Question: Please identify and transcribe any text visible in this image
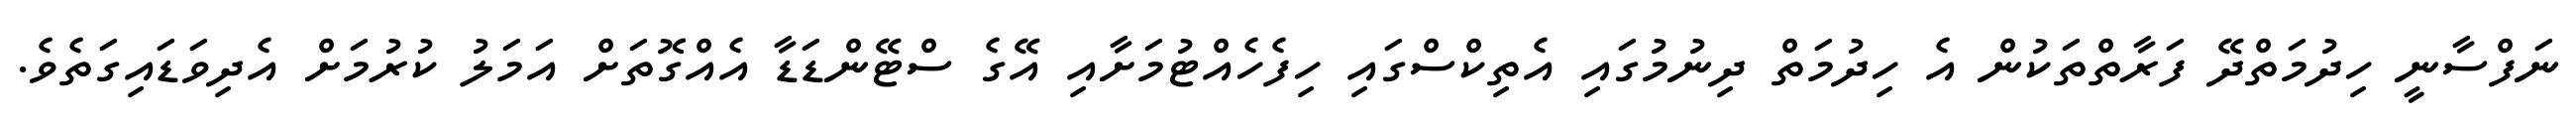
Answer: ނަފްސާނީ ހިދުމަތްދޭ ފަރާތްތަކުން އެ ހިދުމަތް ދިނުމުގައި އެތިކްސްގައި ހިފެހެއްޓުމަށާއި އޭގެ ސްޓޭންޑަޑާ އެއްގޮތަށް އަމަލު ކުރުމަށް އެދިވަޑައިގަތެވެ.